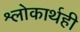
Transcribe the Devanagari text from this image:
श्लोकार्थही